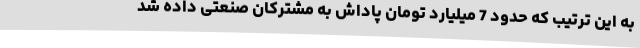
به این ترتیب که حدود 7 میلیارد تومان پاداش به مشترکان صنعتی داده شد